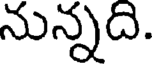
నున్నది.